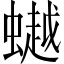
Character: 𧑅